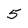
Character: 5